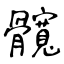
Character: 髖